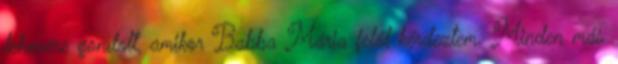
tehenére gondolt, amikor Babba Mária felől kérdeztem. Minden más